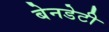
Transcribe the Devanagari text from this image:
बेनडेटी